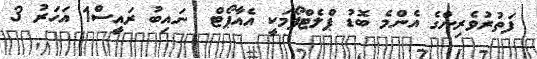
ފަތުރުވެރިންގެ އެންމެ ބޮޑު ޕްލެޓްފޯމަކީ އެއާޕޯޓް  ނައިބު ރައީސް1 އަހަރު 3